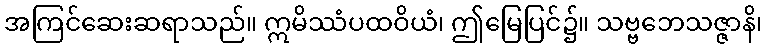
အကြင်ဆေးဆရာသည်။ ဣမိဿံပထဝိယံ၊ ဤမြေပြင်၌။ သဗ္ဗဘေသဇ္ဇာနိ၊